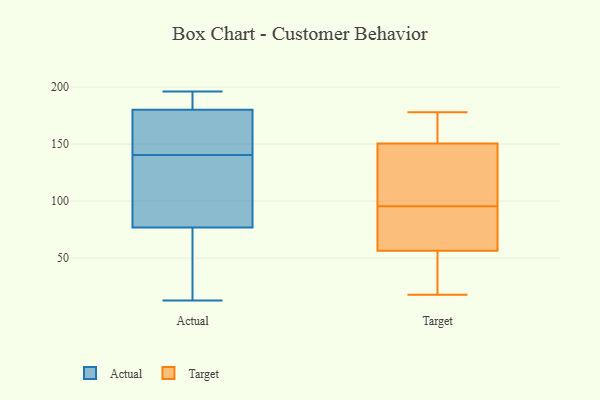
{"axis": {"x": "Website Visitors", "y": "Value"}, "legend": ["Actual", "Target"], "data": [{"x": "", "y": 196, "type": "Actual"}, {"x": "", "y": 40, "type": "Actual"}, {"x": "", "y": 77, "type": "Actual"}, {"x": "", "y": 175, "type": "Actual"}, {"x": "", "y": 196, "type": "Actual"}, {"x": "", "y": 127, "type": "Actual"}, {"x": "", "y": 154, "type": "Actual"}, {"x": "", "y": 57, "type": "Actual"}, {"x": "", "y": 154, "type": "Actual"}, {"x": "", "y": 13, "type": "Actual"}, {"x": "", "y": 85, "type": "Actual"}, {"x": "", "y": 186, "type": "Actual"}, {"x": "", "y": 180, "type": "Actual"}, {"x": "", "y": 91, "type": "Actual"}, {"x": "", "y": 70, "type": "Target"}, {"x": "", "y": 173, "type": "Target"}, {"x": "", "y": 20, "type": "Target"}, {"x": "", "y": 56, "type": "Target"}, {"x": "", "y": 18, "type": "Target"}, {"x": "", "y": 112, "type": "Target"}, {"x": "", "y": 138, "type": "Target"}, {"x": "", "y": 95, "type": "Target"}, {"x": "", "y": 163, "type": "Target"}, {"x": "", "y": 178, "type": "Target"}, {"x": "", "y": 96, "type": "Target"}, {"x": "", "y": 57, "type": "Target"}]}